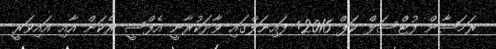
ރަމަޟާން ފުޓްސަލް ކަޕް 2016: ފައިނަލްގައި ވާދަކުރާނީ އެފްސީ ރެކަން އާއި އައިވަރީ